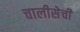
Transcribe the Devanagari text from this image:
चालीसेची